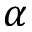
\alpha